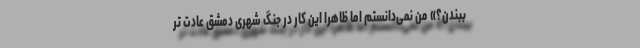
ببندن؟» من نمی‌دانستم اما ظاهراً این کار در جنگ شهری دمشق عادت تر